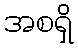
အစရှိ